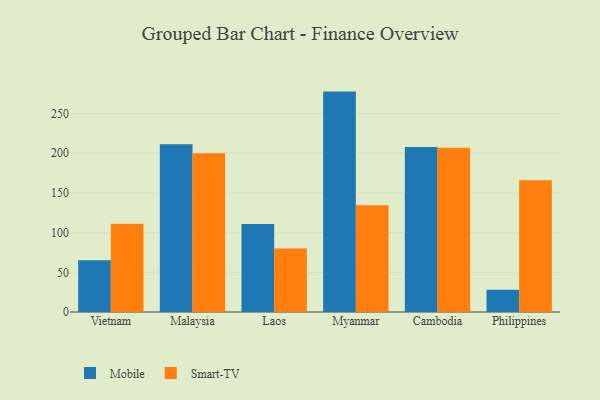
{"axis": {"x": "Country", "y": "Operating Costs (USD K)"}, "legend": ["Mobile", "Smart-TV"], "data": [{"x": "Vietnam", "y": 65.2, "type": "Mobile"}, {"x": "Vietnam", "y": 111.3, "type": "Smart-TV"}, {"x": "Malaysia", "y": 211.4, "type": "Mobile"}, {"x": "Malaysia", "y": 200.1, "type": "Smart-TV"}, {"x": "Laos", "y": 110.7, "type": "Mobile"}, {"x": "Laos", "y": 79.9, "type": "Smart-TV"}, {"x": "Myanmar", "y": 277.6, "type": "Mobile"}, {"x": "Myanmar", "y": 134.4, "type": "Smart-TV"}, {"x": "Cambodia", "y": 207.9, "type": "Mobile"}, {"x": "Cambodia", "y": 206.8, "type": "Smart-TV"}, {"x": "Philippines", "y": 28.0, "type": "Mobile"}, {"x": "Philippines", "y": 166.0, "type": "Smart-TV"}]}